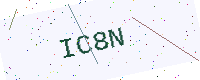
Text: IC8N